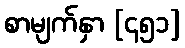
စာမျက်နှာ [၄၅၁]